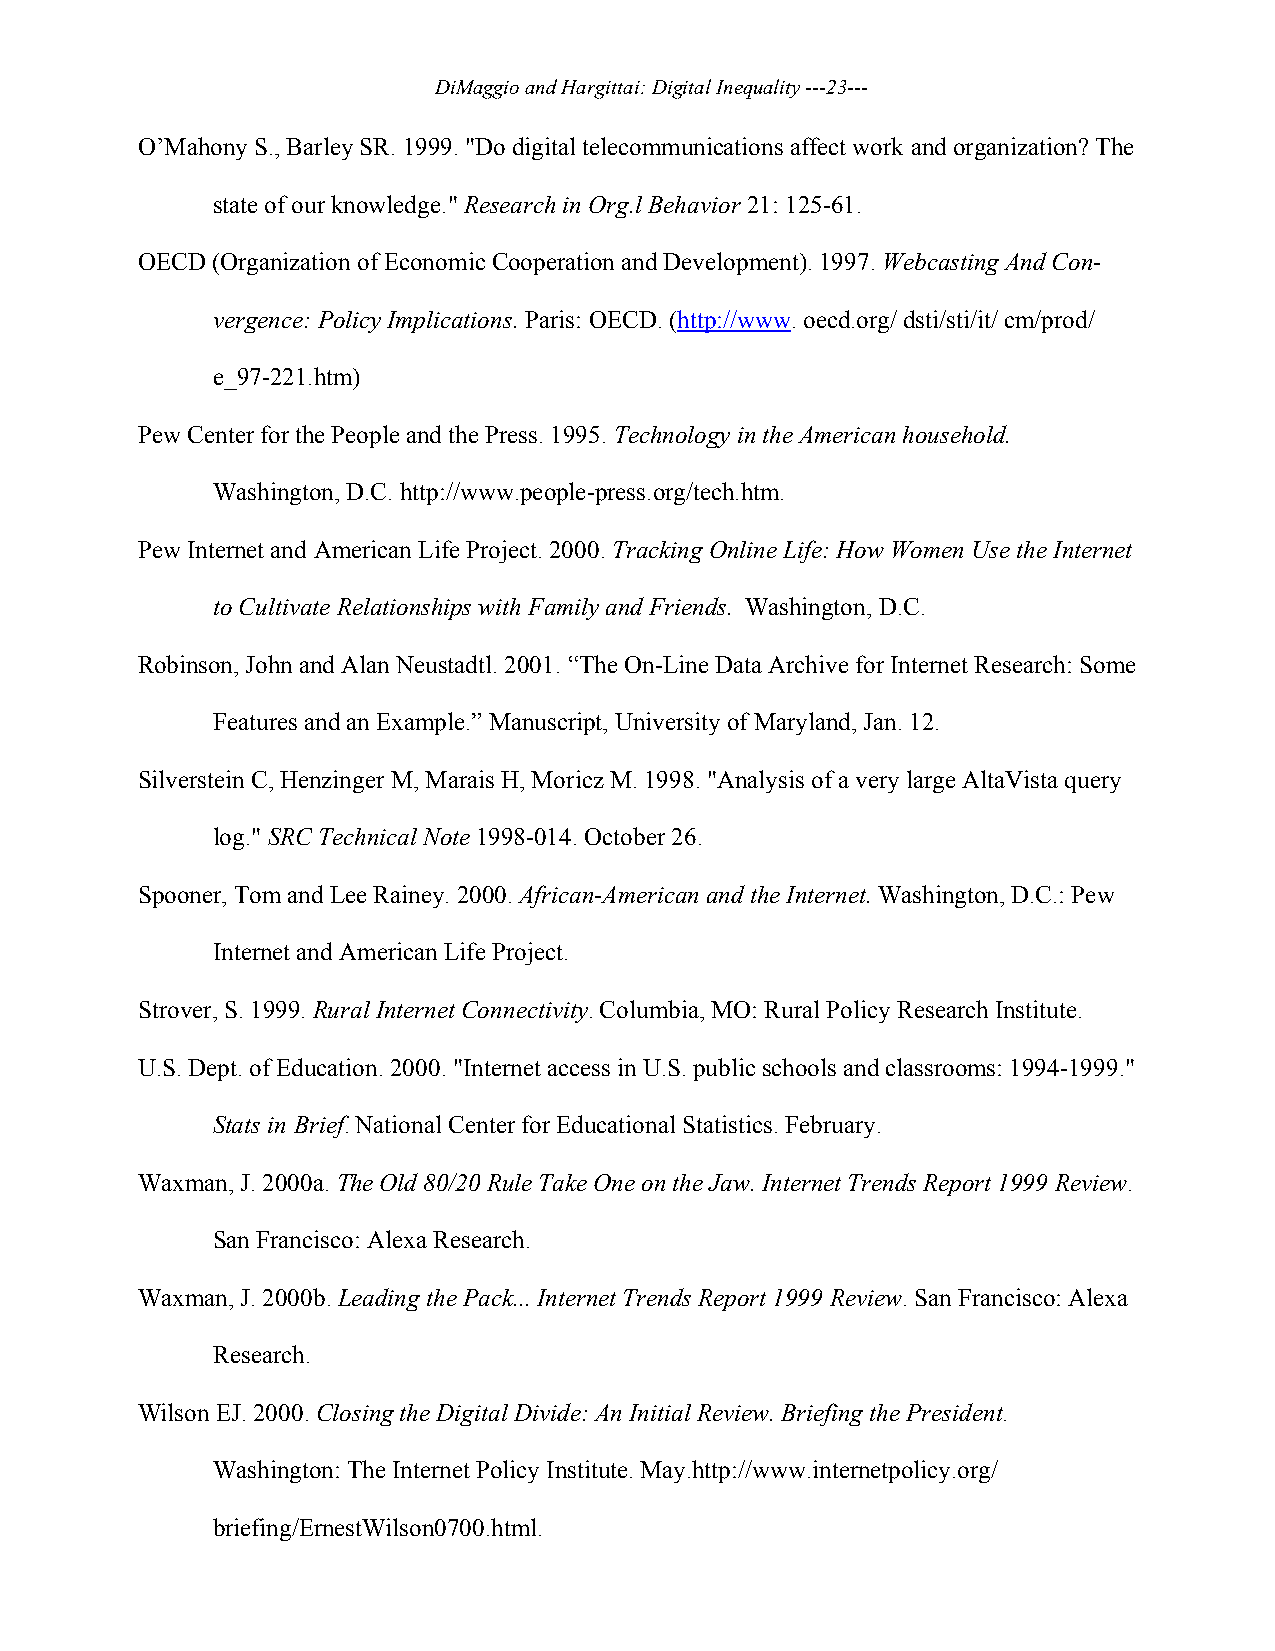
DiMaggio and Hargittai: Digital Inequality ---23---
 O’Mahony S., Barley SR. 1999. "Do digital telecommunications affect work and organization? The
 state of our knowledge." Research in Org.l Behavior 21: 125-61.
 OECD (Organization of Economic Cooperation and Development). 1997. Webcasting And Con-
 vergence: Policy Implications. Paris: OECD. (http://www. oecd.org/ dsti/sti/it/ cm/prod/
 e_97-221.htm)
 Pew Center for the People and the Press. 1995. Technology in the American household.
 Washington, D.C. http://www.people-press.org/tech.htm.
 Pew Internet and American Life Project. 2000. Tracking Online Life: How Women Use the Internet
 to Cultivate Relationships with Family and Friends. Washington, D.C.
 Robinson, John and Alan Neustadtl. 2001. “The On-Line Data Archive for Internet Research: Some
 Features and an Example.” Manuscript, University of Maryland, Jan. 12.
 Silverstein C, Henzinger M, Marais H, Moricz M. 1998. "Analysis of a very large AltaVista query
 log." SRC Technical Note 1998-014. October 26.
 Spooner, Tom and Lee Rainey. 2000. African-American and the Internet. Washington, D.C.: Pew
 Internet and American Life Project.
 Strover, S. 1999. Rural Internet Connectivity. Columbia, MO: Rural Policy Research Institute.
 U.S. Dept. of Education. 2000. "Internet access in U.S. public schools and classrooms: 1994-1999."
 Stats in Brief. National Center for Educational Statistics. February.
 Waxman, J. 2000a. The Old 80/20 Rule Take One on the Jaw. Internet Trends Report 1999 Review.
 San Francisco: Alexa Research.
 Waxman, J. 2000b. Leading the Pack... Internet Trends Report 1999 Review. San Francisco: Alexa
 Research.
 Wilson EJ. 2000. Closing the Digital Divide: An Initial Review. Briefing the President.
 Washington: The Internet Policy Institute. May.http://www.internetpolicy.org/
 briefing/ErnestWilson0700.html.